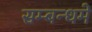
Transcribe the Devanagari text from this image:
सम्बन्धमे